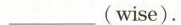
___ (wise).